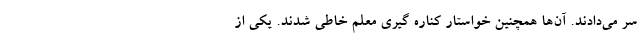
سر می‌دادند. آن‌ها همچنین خواستار کناره گیری معلم خاطی شدند. یکی از